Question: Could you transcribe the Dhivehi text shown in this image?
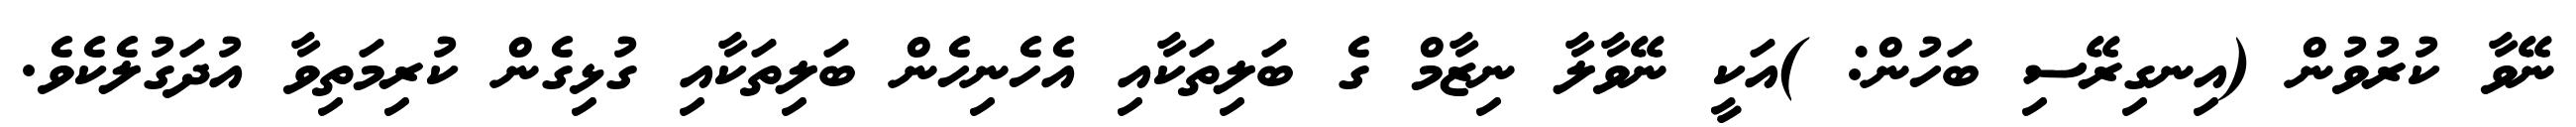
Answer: ނޭވާ ކުރުވުން (އިނގިރޭސި ބަހުން: )އަކީ ނޭވާލާ ނިޒާމް ގެ ބަލިތަކާއި އެހެނިހެން ބަލިތަކާއި ގުޅިގެން ކުރިމަތިވާ އުދަގުލެކެވެ.